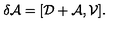
\delta \mathcal { A } = [ \mathcal { D } + \mathcal { A } , \mathcal { V } ] .